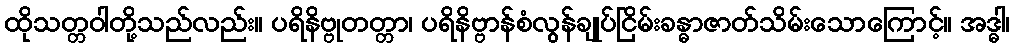
ထိုသတ္တဝါတို့သည်လည်း။ ပရိနိဗ္ဗုတတ္တာ၊ ပရိနိဗ္ဗာန်စံလွန်ချုပ်ငြိမ်းခန္ဓာဇာတ်သိမ်းသောကြောင့်။ အဒ္ဓါ၊